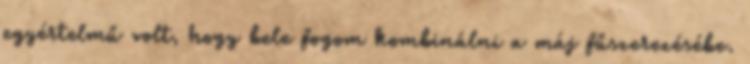
egyértelmű volt, hogy bele fogom kombinálni a máj fűszerezésébe.